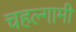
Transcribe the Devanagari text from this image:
चहल्गामी